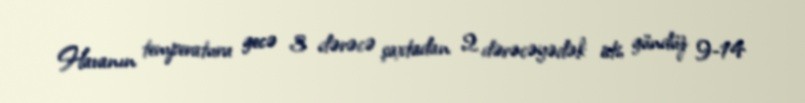
Havanın temperaturu gecə 3 dərəcə şaxtadan 2 dərəcəyədək isti, gündüz 9-14